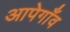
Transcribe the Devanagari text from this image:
आपेगाँव